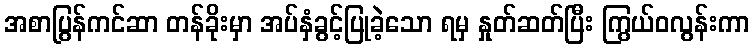
အစာပြွန်ကင်ဆာ တန်ခိုးမှာ အပ်နှံခွင့်ပြုခဲ့သော ရမှ နှုတ်ဆတ်ပြီး ကြွယ်ဝလွန်းကာ